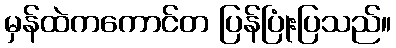
မှန်ထဲကကောင်တ ပြန်ပြုံးပြသည်။